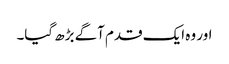
اور وہ ایک قدم آگے بڑھ گیا۔